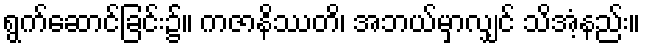
ရွက်ဆောင်ခြင်း၌။ ကဇာနိဿတိ၊ အဘယ်မှာလျှင် သိအံ့နည်း။